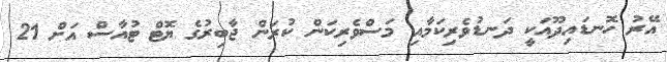
އޭރު ހޮނޑައިދޫއަކީ ދަނޑުވެރިކަމާއި މަސްވެރިކަން ކުރަން ޖާބިރުގެ ޔޮޓް ޓުއާސް އަށް 21